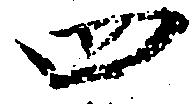
四